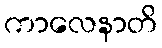
ကာလေနာတိ